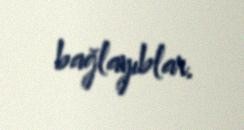
bağlayıblar.